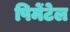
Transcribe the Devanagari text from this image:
पिमेंटेल